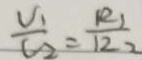
\frac { V _ { 1 } } { V _ { 2 } } = \frac { R _ { 1 } } { 1 2 _ { 2 } }